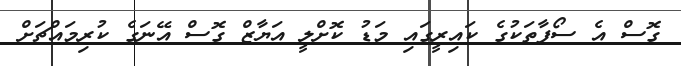
ގޮސް އެ ސޯފާތަކުގެ ކައިރީގައި މަޑު ކޮށްލީ އަޔާޒް ގޮސް އޭނަގެ ކުރިމައްޗަށް